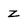
Character: z